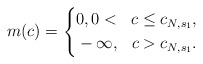
\begin{align*}m(c)=\left\{\begin{aligned}&0, 0<&c\leq c_{N, s_1},\\&-\infty, & c>c_{N, s_1}.\end{aligned}\right.\end{align*}